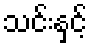
သင်းနှင့်